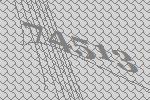
74513